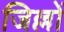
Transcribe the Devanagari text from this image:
जिल्लों